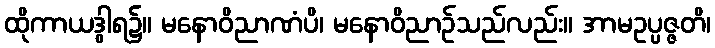
ထိုကာယဒွါရ၌။ မနောဝိညာဏံပိ၊ မနောဝိညာဉ်သည်လည်း။ အာမဥပ္ပဇ္ဇတိ၊